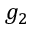
g _ { 2 }